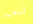
لنعيد